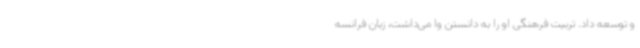
و توسعه داد. تربیت فرهنگی او را به دانستن وا می‌داشت، زبان فرانسه